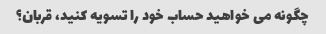
چگونه می خواهید حساب خود را تسویه کنید، قربان؟